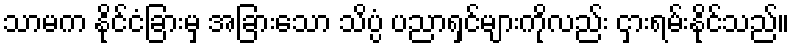
သာမက နိုင်ငံခြားမှ အခြားသော သိပ္ပံ ပညာရှင်များကိုလည်း ငှားရမ်းနိုင်သည်။